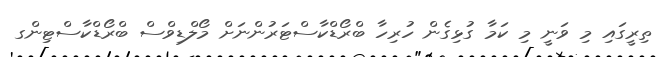
ތިރީގައި މި ވަނީ މި ކަމާ ގުޅިގެން ހުރިހާ ބްރޯޑްކާސްޓަރުންނަށް މޯލްޑިވްސް ބްރޯޑްކާސްޓިންގ